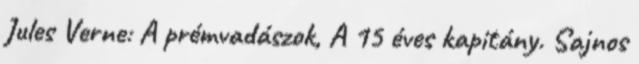
Jules Verne: A prémvadászok, A 15 éves kapitány. Sajnos